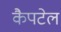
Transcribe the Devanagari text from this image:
कैपटेल